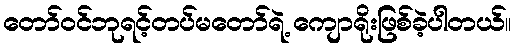
တော်ဝင်ဘုရင့်တပ်မတော်ရဲ့ ကျောရိုးဖြစ်ခဲ့ပါတယ်။